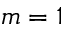
m = 1